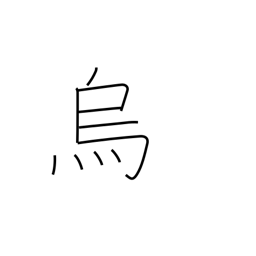
Meaning: raven